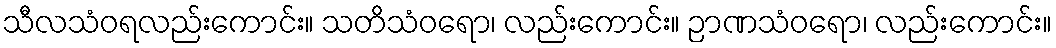
သီလသံဝရလည်းကောင်း။ သတိသံဝရော၊ လည်းကောင်း။ ဉာဏသံဝရော၊ လည်းကောင်း။